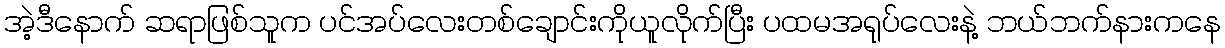
အဲ့ဒီနောက် ဆရာဖြစ်သူက ပင်အပ်လေးတစ်ချောင်းကိုယူလိုက်ပြီး ပထမအရုပ်လေးနဲ့ ဘယ်ဘက်နားကနေ